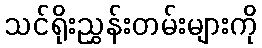
သင်ရိုးညွှန်းတမ်းများကို